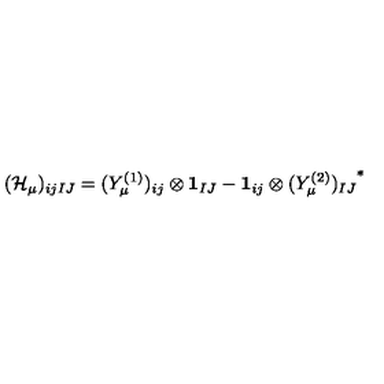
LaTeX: ( { \cal H } _ { \mu } ) _ { i j I J } = ( Y _ { \mu } ^ { ( 1 ) } ) _ { i j } \otimes { \bf 1 } _ { I J } - { \bf 1 } _ { i j } \otimes { ( Y _ { \mu } ^ { ( 2 ) } ) _ { I J } } ^ { * }